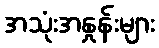
အသုံးအနှုန်းများ